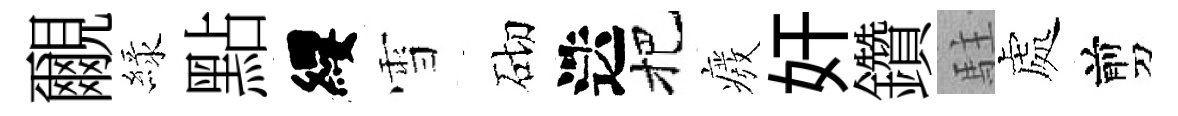
覼緑點纓雪砌迭把癈奸鑽駐處剪